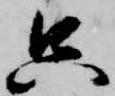
只